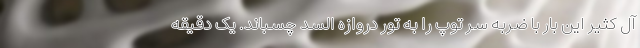
آل کثیر این بار با ضربه سر توپ را به تور دروازه السد چسباند. یک دقیقه